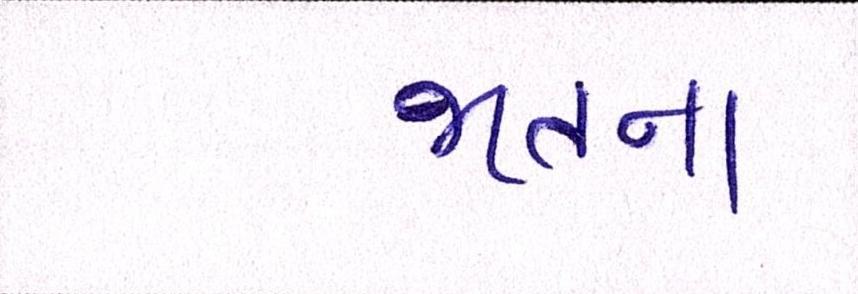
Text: જાતના